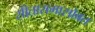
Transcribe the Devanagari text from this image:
सीतारामासोबत